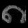
Digit: ၈